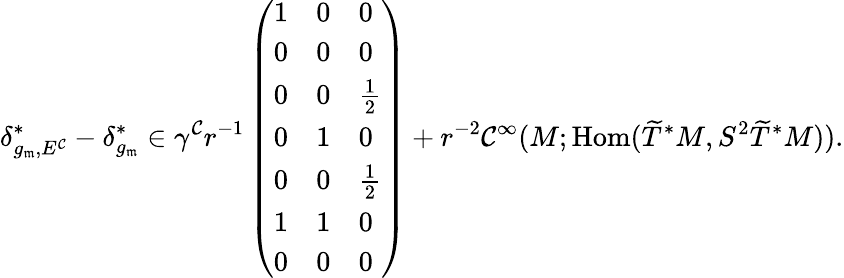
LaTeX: \delta_{g_{\mathfrak{m}},E^{\mathcal C}}^{*}-\delta_{g_{\mathfrak{m}}}^{*}\in\gamma^{\mathcal C}r^{-1}\left(\begin{array}{lll}{1}&{0}&{0}\\ {0}&{0}&{0}\\ {0}&{0}&{{\frac{1}{2}}}\\ {0}&{1}&{0}\\ {0}&{0}&{{\frac{1}{2}}}\\ {1}&{1}&{0}\\ {0}&{0}&{0}\end{array}\right)+r^{-2}\mathcal C^{\infty}(M;\operatorname{Hom}(\widetilde T^{*}M,S^{2}\widetilde T^{*}M)).